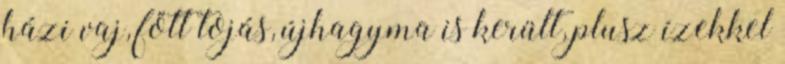
házi vaj, főtt tojás, újhagyma is került, plusz ízekkel